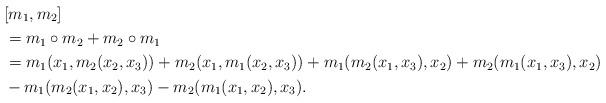
LaTeX: \begin{align*}&[m_1, m_2] \\&= m_1\circ m_2 +m_2\circ m_1\\&= m_1(x_1, m_2(x_2, x_3)) + m_2(x_1, m_1(x_2, x_3)) + m_1(m_2(x_1, x_3), x_2) + m_2(m_1(x_1, x_3), x_2) \\&- m_1(m_2(x_1, x_2), x_3) - m_2(m_1(x_1, x_2), x_3).\end{align*}